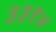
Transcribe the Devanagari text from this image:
३३१४